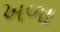
ખળા